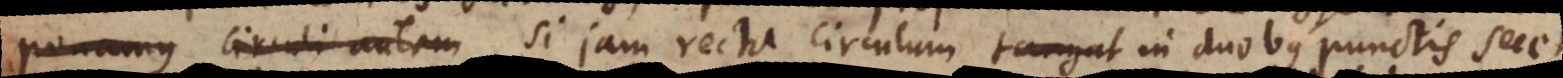
Ponamus Circuli autem Si jam recta circulum tangat in duobus punctis secet